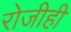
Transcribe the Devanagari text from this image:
रोजीही